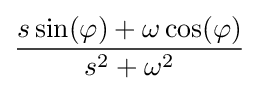
{\frac {s\sin(\varphi )+\omega \cos(\varphi )}{s^{2}+\omega ^{2}}}